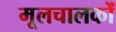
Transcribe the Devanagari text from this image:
मूलचालकों